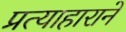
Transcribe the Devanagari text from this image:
प्रत्याहाराने